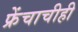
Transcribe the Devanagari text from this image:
फ्रेंचाचीही